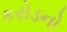
કરોડનો